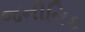
જનીનિક